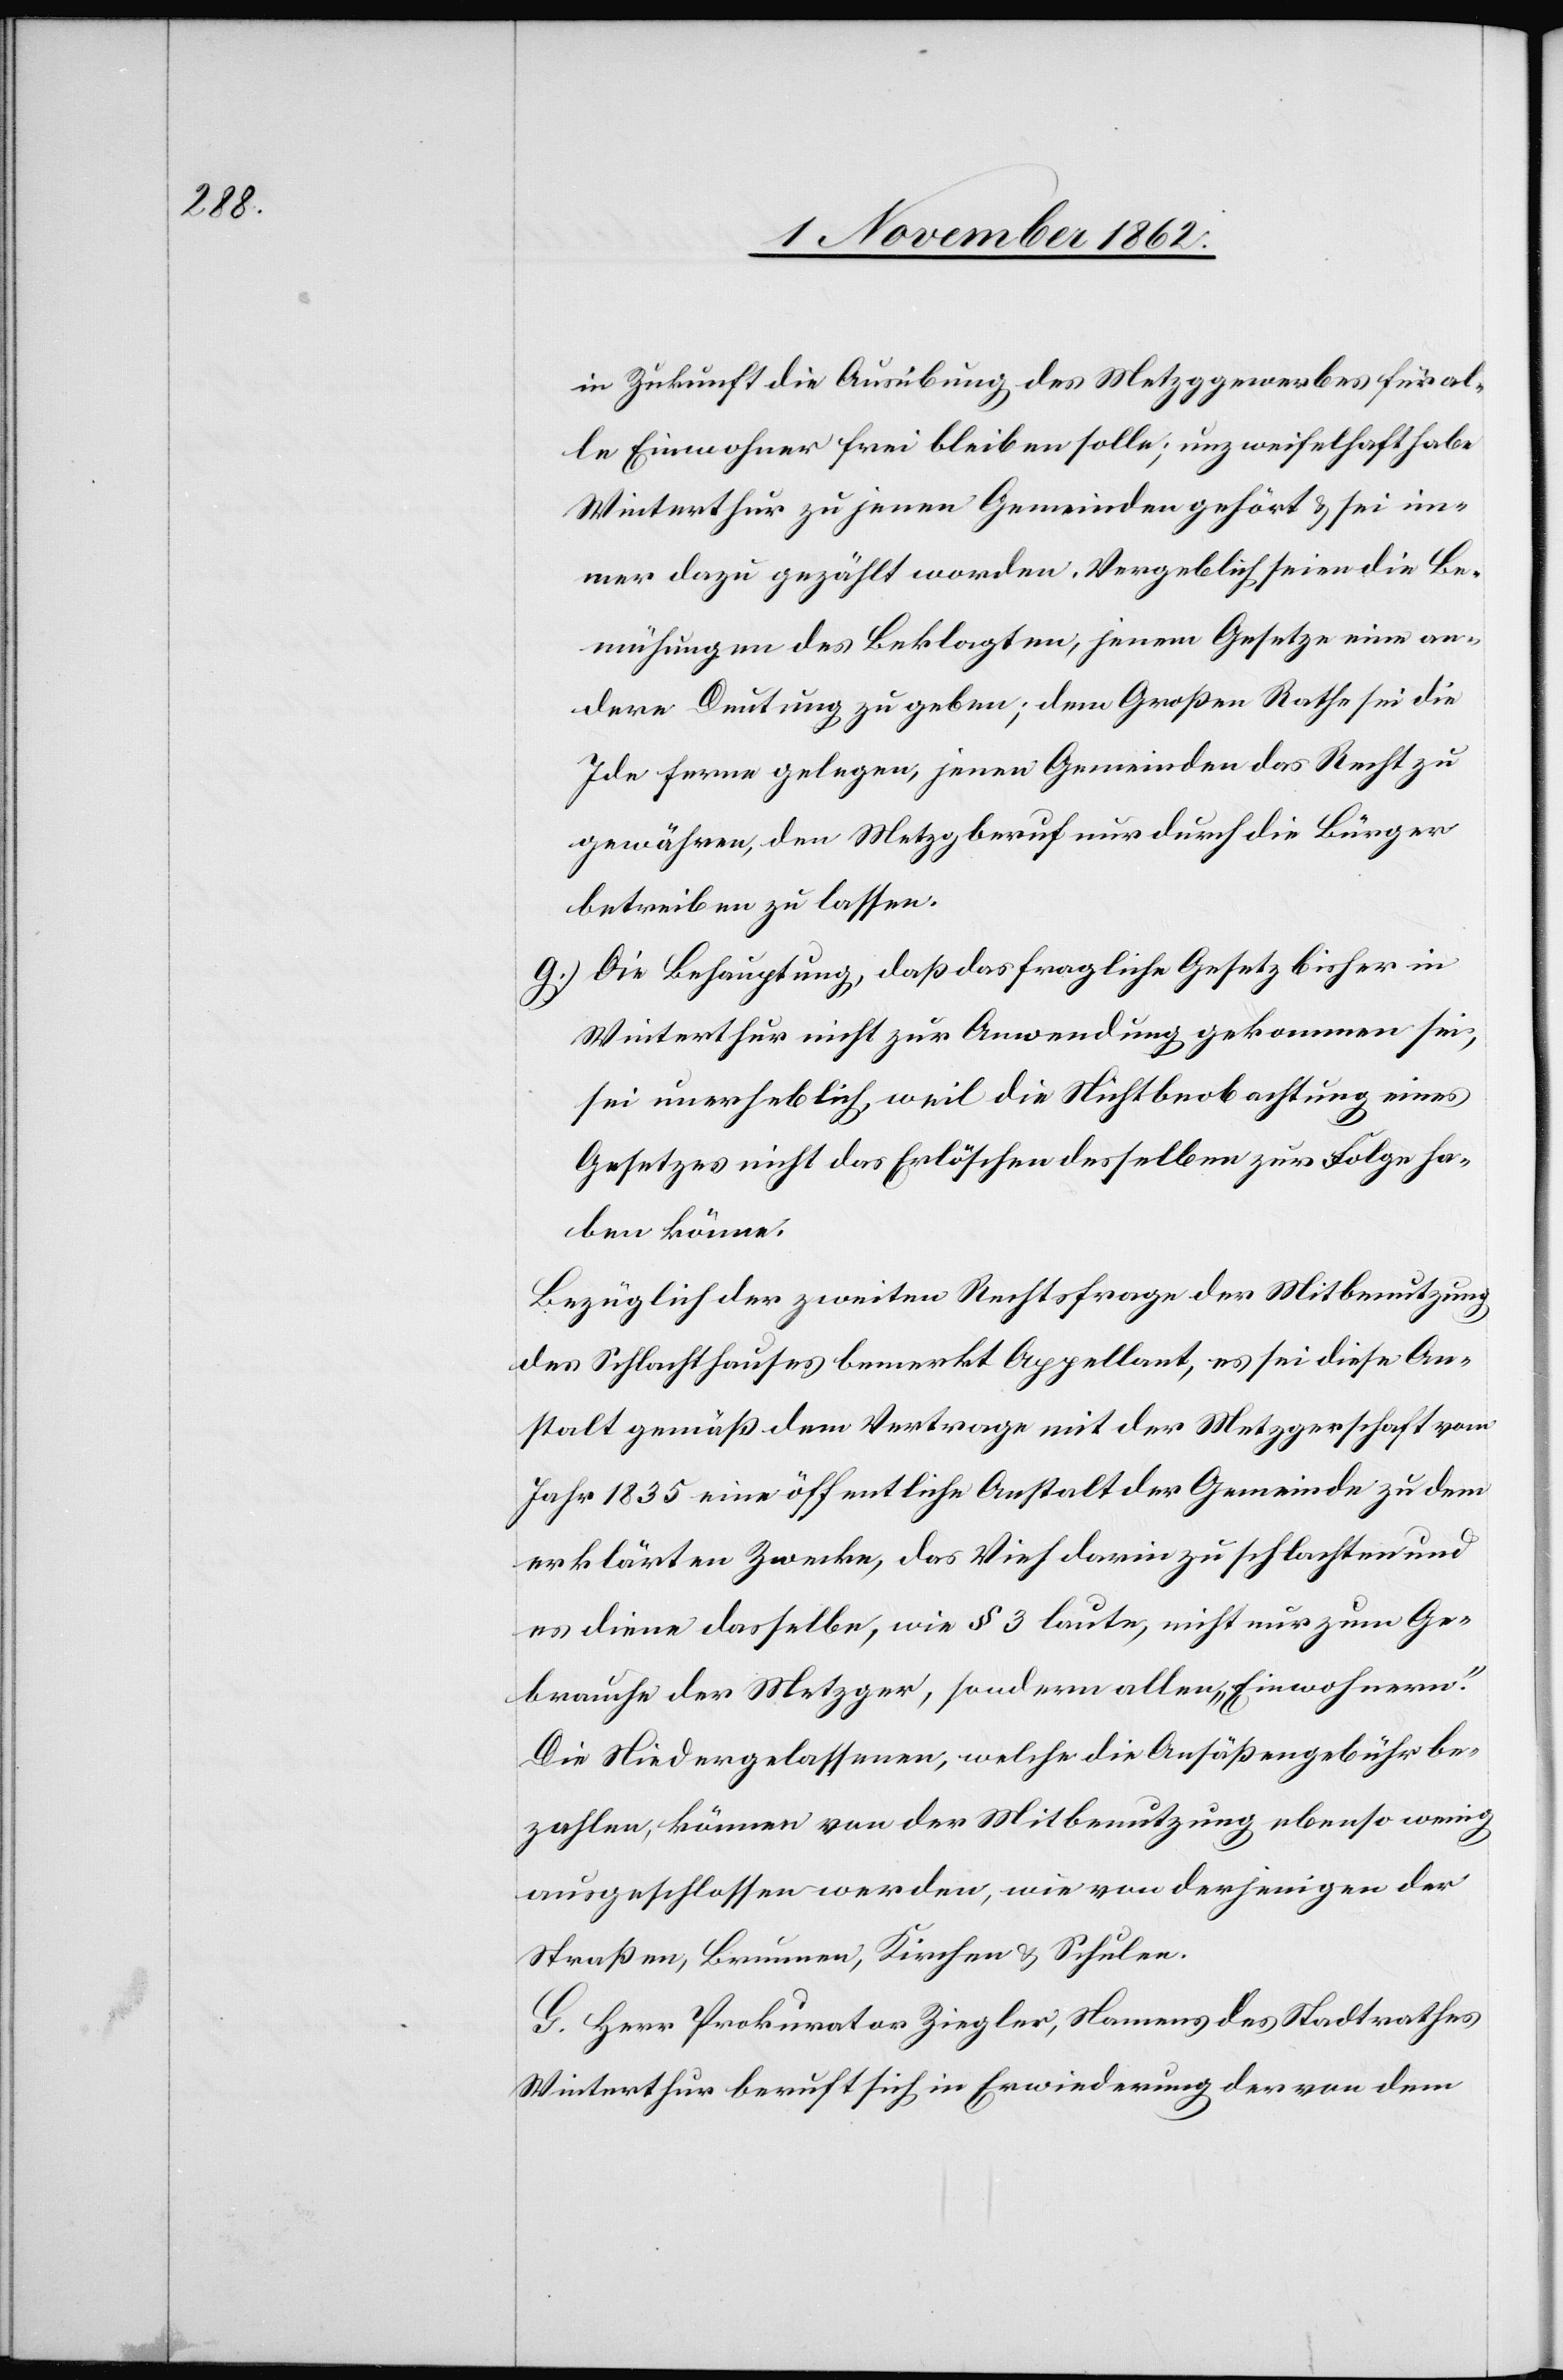
in Zukunft die Ausübung des Metzggewerbes für al¬
le Einwohner frei bleiben solle; unzweifelhaft habe
Winterthur zu jenen Gemeinden gehört u. sei im¬
mer dazu gezählt worden, vergeblich seien die Be¬
mühungen des Beklagten, jenem Gesetze eine an¬
dere Deutung zu geben; dem Großen Rathe sei die
Ide[e] ferner gelegen, jenen Gemeinden das Recht zu
gewähren, den Metzgberuf nur durch die Bürger
betreiben zu lassen.
g. Die Behauptung, daß das fragliche Gesetz bisher in
Winterthur nicht zur Anwendung gekommen sei,
sei unerheblich, weil die Nichtbeobachtung eines
Gesetzes nicht das Erlöschen desselben zur Folge ha¬
ben könne.
Bezüglich der zweiten Rechtsfrage der Mitbenutzung
des Schlachthauses bemerkt Appellant, es sei diese An¬
stalt gemäß dem Vertrage mit der Metzgerschaft vom
Jahr 1835 eine öffentliche Anstalt der Gemeinde zu dem
erklärten Zwecke, das Vieh darin zu schlachten und
es diene dasselbe, wie § 3 laute, nicht nur zum Ge¬
brauche der Metzger, sondern allen „Einwohnern“.
Die Niedergelassenen, welche die Ansäßengebühr be¬
zahlen, können von der Mitbenutzung ebenso wenig
ausgeschlossen werden, wie von derjenigen der
Straßen, Brunnen, Kirchen u. Schulen.
G. Herr Prokurator Ziegler, Namens des Stadtrathes
Winterthur beruft sich in Erwiederung der von dem